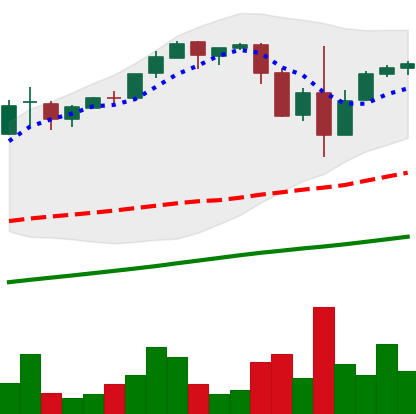
Ticker: BTC-USD
Chart end date: 2017-03-14
Forward return: -16.392%
Label: down_7plus